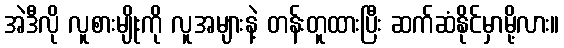
အဲဒီလို လူစားမျိုးကို လူအများနဲ့ တန်းတူထားပြီး ဆက်ဆံနိုင်မှာမို့လား။